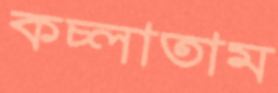
কচ্‌লাতাম